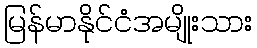
မြန်မာနိုင်ငံအမျိုးသား